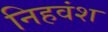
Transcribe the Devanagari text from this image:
निहवंश